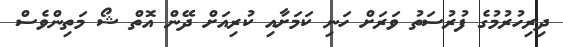
ދިރިހުރުމުގެ ފުރުސަތު ވަރަށް ހަނި ކަމަށާއި ކުރިއަށް ދޭން އޮތް ޝޯ މަތިންވެސް